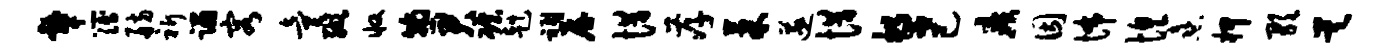
鼙簿舫祈蹋容童缬收翰君碾赳祠屋惜孝果遂惜誓己疾因怖惶熹柙歌昊